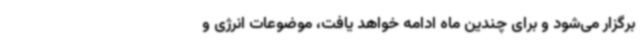
برگزار می‌شود و برای چندین ماه ادامه خواهد یافت، موضوعات انرژی و